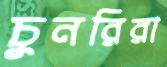
চুনরিরা